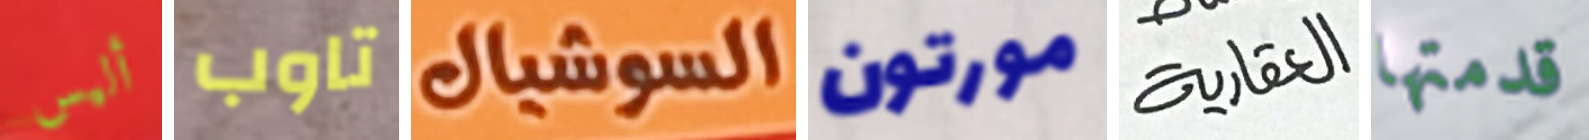
أليس تاوب السوشيال مورتون العقارية قدمتها